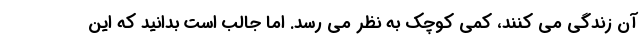
آن زندگی می کنند، کمی کوچک به نظر می رسد. اما جالب است بدانید که این